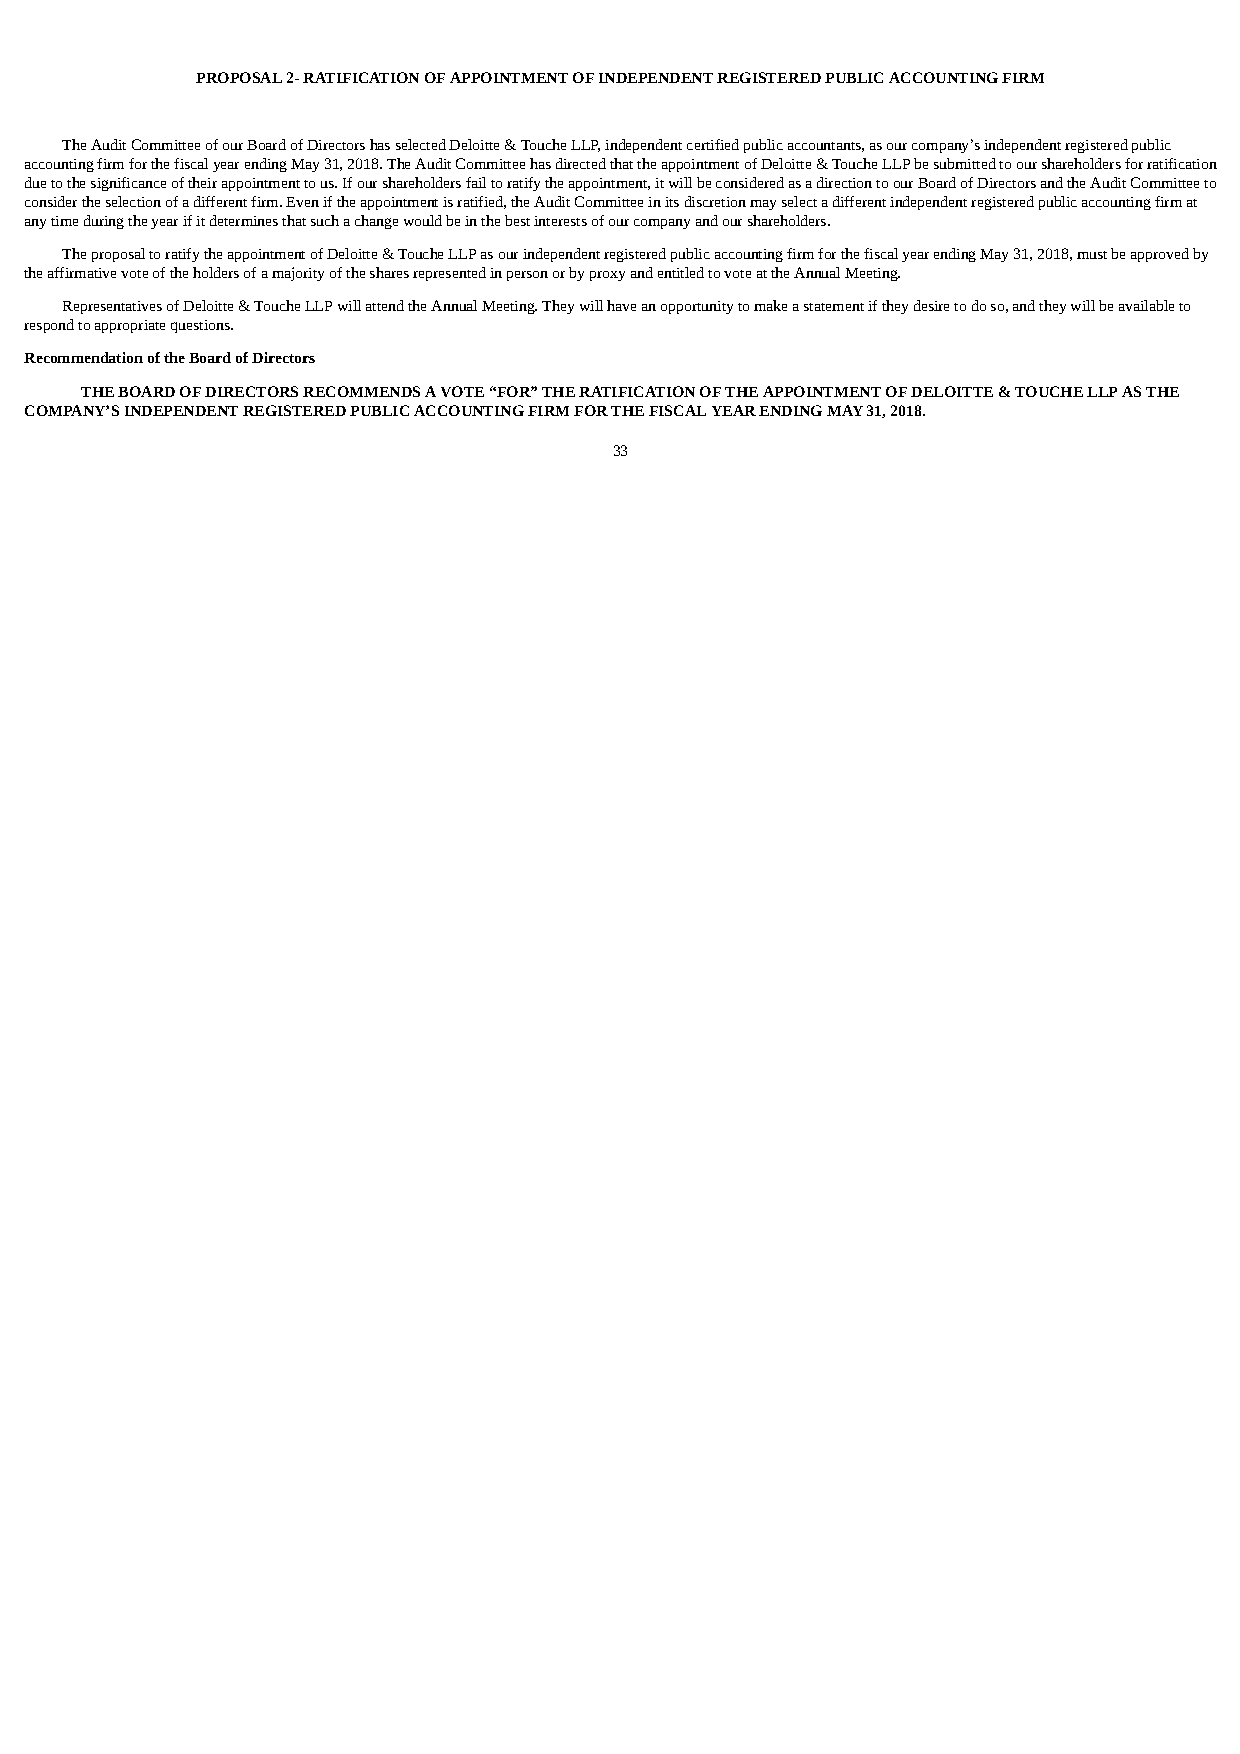
PROPOSAL 2- RATIFICATION OF APPOINTMENT OF INDEPENDENT REGISTERED PUBLIC ACCOUNTING FIRM
 The Audit Committee of our Board of Directors has selected Deloitte & Touche LLP, independent certified public accountants, as our company’s independent registered public
 accounting firm for the fiscal year ending May 31, 2018. The Audit Committee has directed that the appointment of Deloitte & Touche LLP be submitted to our shareholders for ratification
 due to the significance of their appointment to us. If our shareholders fail to ratify the appointment, it will be considered as a direction to our Board of Directors and the Audit Committee to
 consider the selection of a different firm. Even if the appointment is ratified, the Audit Committee in its discretion may select a different independent registered public accounting firm at
 any time during the year if it determines that such a change would be in the best interests of our company and our shareholders.
 The proposal to ratify the appointment of Deloitte & Touche LLP as our independent registered public accounting firm for the fiscal year ending May 31, 2018, must be approved by
 the affirmative vote of the holders of a majority of the shares represented in person or by proxy and entitled to vote at the Annual Meeting.
 Representatives of Deloitte & Touche LLP will attend the Annual Meeting. They will have an opportunity to make a statement if they desire to do so, and they will be available to
 respond to appropriate questions.
 Recommendation of the Board of Directors
 THE BOARD OF DIRECTORS RECOMMENDS A VOTE “FOR” THE RATIFICATION OF THE APPOINTMENT OF DELOITTE & TOUCHE LLP AS THE
 COMPANY’S INDEPENDENT REGISTERED PUBLIC ACCOUNTING FIRM FOR THE FISCAL YEAR ENDING MAY 31, 2018.
 33